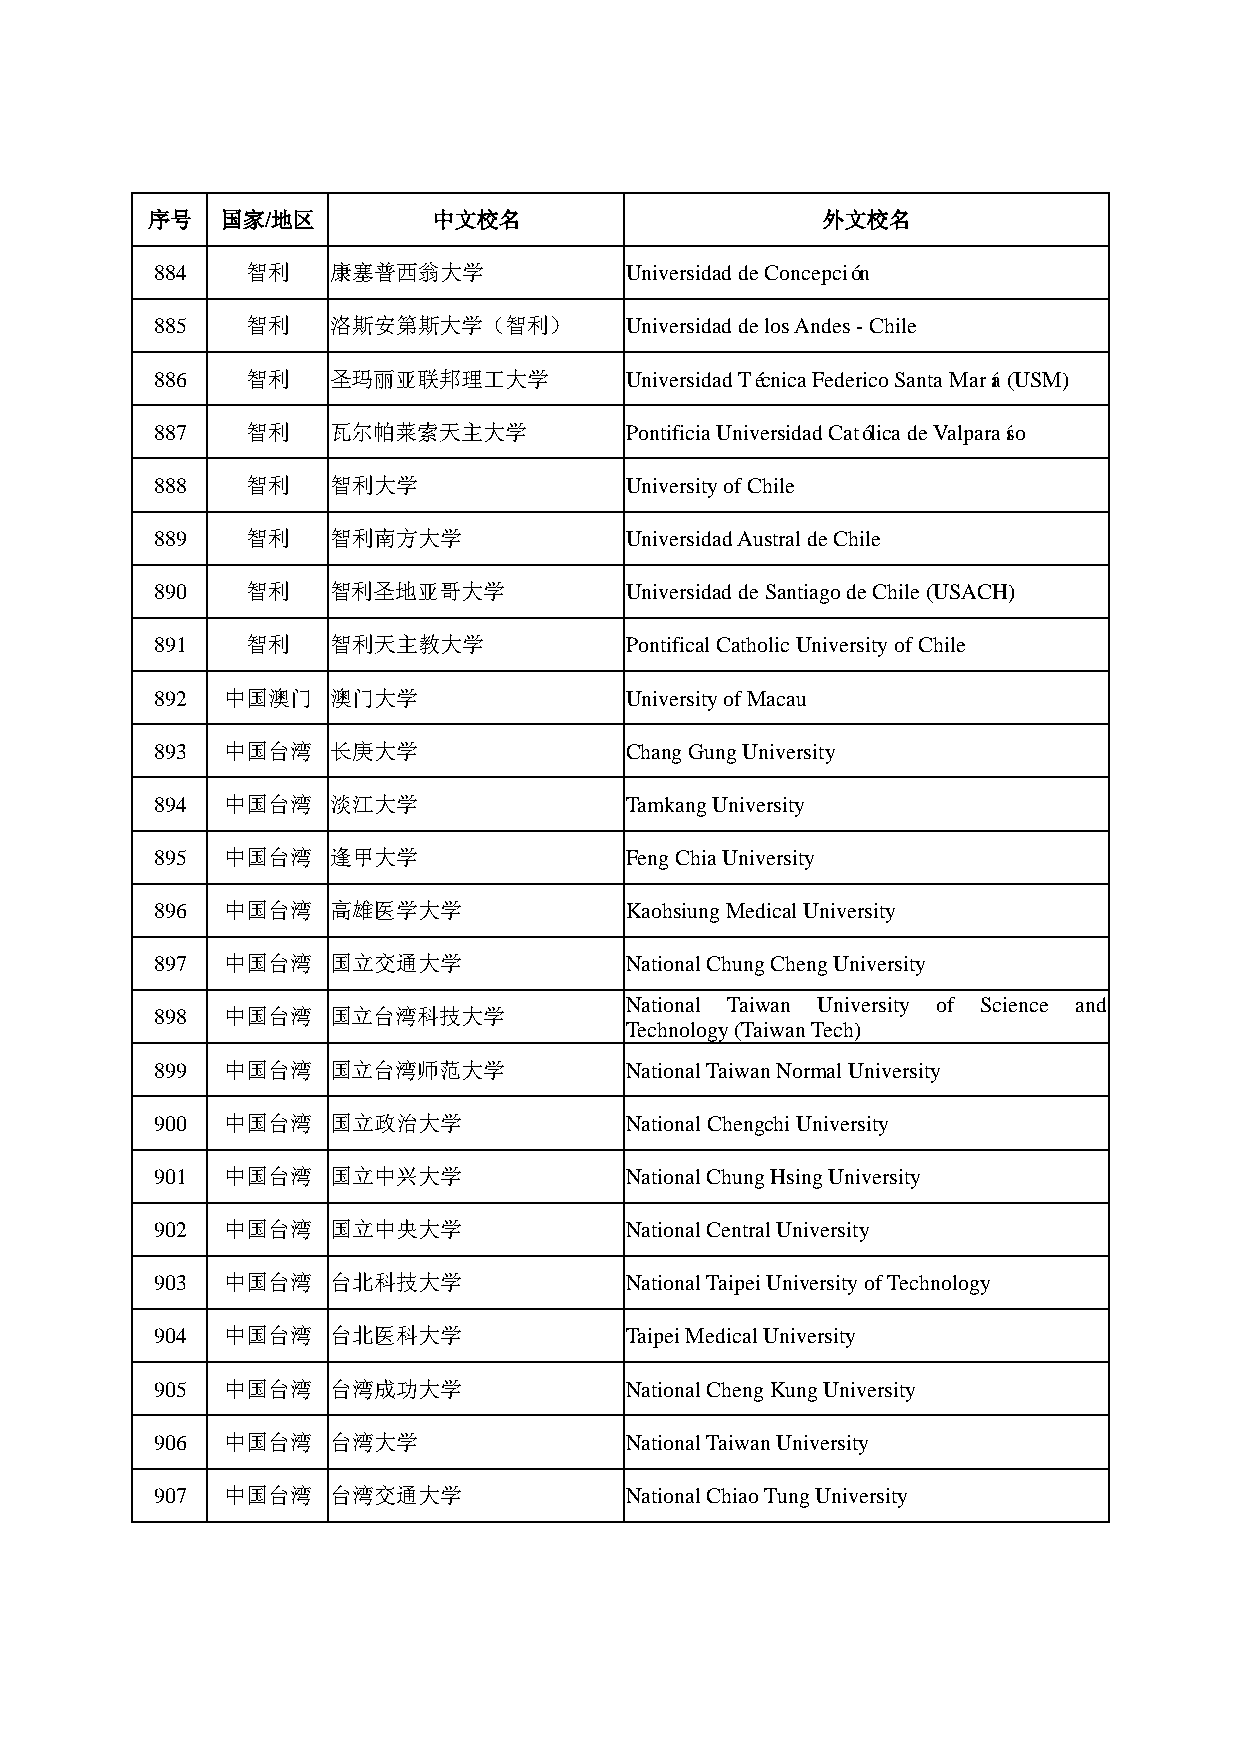
序号   国家/地区         中文校名                     外文校名
 884   智利    康塞普西翁大学            Universidad de Concepción
 885   智利    洛斯安第斯大学（智利）        Universidad de los Andes - Chile
 886   智利    圣玛丽亚联邦理工大学         Universidad Técnica Federico Santa María (USM)
 887   智利    瓦尔帕莱索天主大学          Pontificia Universidad Católica de Valparaíso
 888   智利    智利大学               University of Chile
 889   智利    智利南方大学             Universidad Austral de Chile
 890   智利    智利圣地亚哥大学           Universidad de Santiago de Chile (USACH)
 891   智利    智利天主教大学            Pontifical Catholic University of Chile
 892  中国澳门   澳门大学               University of Macau
 893  中国台湾   长庚大学               Chang Gung University
 894  中国台湾   淡江大学               Tamkang University
 895  中国台湾   逢甲大学               Feng Chia University
 896  中国台湾   高雄医学大学             Kaohsiung Medical University
 897  中国台湾   国立交通大学             National Chung Cheng University
 National Taiwan University of Science and
 898  中国台湾   国立台湾科技大学
 Technology (Taiwan Tech)
 899  中国台湾   国立台湾师范大学           National Taiwan Normal University
 900  中国台湾   国立政治大学             National Chengchi University
 901  中国台湾   国立中兴大学             National Chung Hsing University
 902  中国台湾   国立中央大学             National Central University
 903  中国台湾   台北科技大学             National Taipei University of Technology
 904  中国台湾   台北医科大学             Taipei Medical University
 905  中国台湾   台湾成功大学             National Cheng Kung University
 906  中国台湾   台湾大学               National Taiwan University
 907  中国台湾   台湾交通大学             National Chiao Tung University